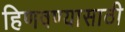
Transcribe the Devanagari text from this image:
हिणवण्यासाठी